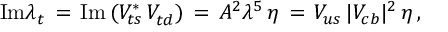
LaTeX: \mathrm { I m } \lambda _ { t } \, = \, \mathrm { I m } \, ( V _ { t s } ^ { * } \, V _ { t d } ^ { } ) \, = \, A ^ { 2 } \lambda ^ { 5 } \, \eta \, = \, V _ { u s } \, | V _ { c b } | ^ { 2 } \, \eta \, ,